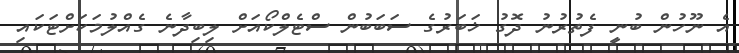
އެ ނޫހުން ބުނީ ފެތުރުނު ދޮގު ޚަބަރުގެ ސަބަބުން ސްޓެލްކޯއަށް ލިބިދާނެ ގެއްލުމަކަށްޓަކައި